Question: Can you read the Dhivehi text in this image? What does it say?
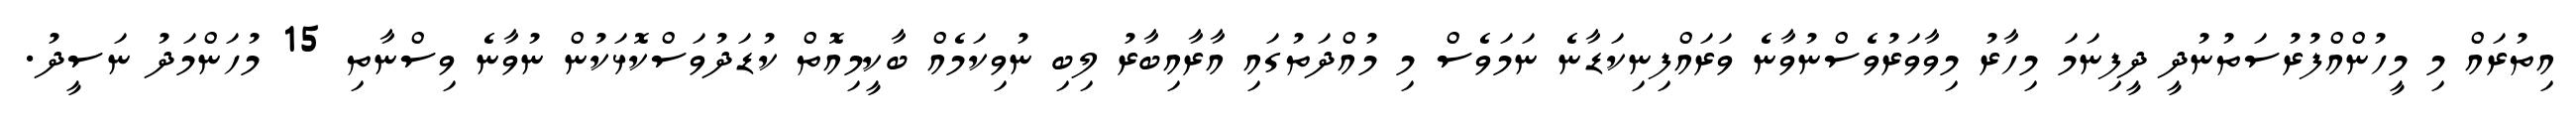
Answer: އިތުރައް މި މީހުންއްފުރުސަތުނުދީ ދީފިނަމަ މިހާރު މިވާވަރުވެސްނުވާނެ ވަރައްފިނިކަޑާނެ ނަމަވެސް މި މުއްދަތުގައި އާރާއިބާރު ލިބި ނުވިކަމެއް ބާކީމިއޮތް ކުޑަދުވަސްކޮޅަކުން ނުވާނެ ވިސްނާތި 15 މުހަންމަދު ނަސީދު.